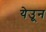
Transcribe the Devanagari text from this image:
येउून